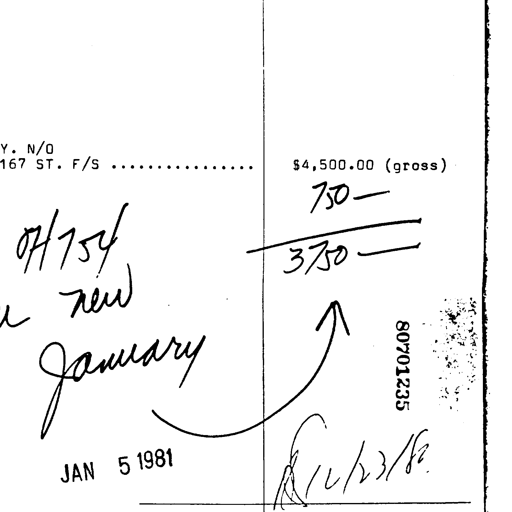
Y. N/O
167 ST. F/S ..................... $4,500.00 (gross)
750-
0H754 3750-
new
January 80701235
JAN 5 1981 12/23/82